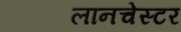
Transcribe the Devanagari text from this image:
लानचेस्टर